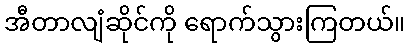
အီတာလျံဆိုင်ကို ရောက်သွားကြတယ်။